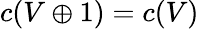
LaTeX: c(V\oplus 1)=c(V)